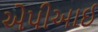
એપીઆઈ